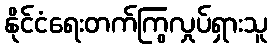
နိုင်ငံရေးတက်ကြွလှုပ်ရှားသူ